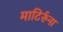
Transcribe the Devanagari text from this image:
माटिर्रुना